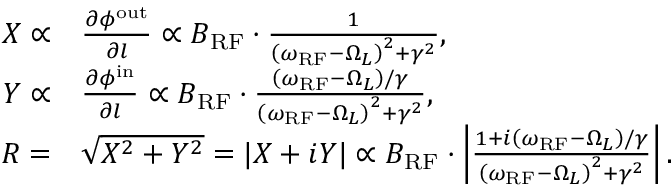
\begin{array} { r l } { X \propto } & { \frac { \partial \phi ^ { \mathrm { o u t } } } { \partial l } \propto B _ { \mathrm { R F } } \cdot \frac { 1 } { \left( \omega _ { \mathrm { R F } } - \Omega _ { L } \right) ^ { 2 } + \gamma ^ { 2 } } , } \\ { Y \propto } & { \frac { \partial \phi ^ { \mathrm { i n } } } { \partial l } \propto B _ { \mathrm { R F } } \cdot \frac { \left( \omega _ { \mathrm { R F } } - \Omega _ { L } \right) / \gamma } { \left( \omega _ { \mathrm { R F } } - \Omega _ { L } \right) ^ { 2 } + \gamma ^ { 2 } } , } \\ { R = } & { \sqrt { X ^ { 2 } + Y ^ { 2 } } = | X + i Y | \propto B _ { \mathrm { R F } } \cdot \left| \frac { 1 + i \left( \omega _ { \mathrm { R F } } - \Omega _ { L } \right) / \gamma } { \left( \omega _ { \mathrm { R F } } - \Omega _ { L } \right) ^ { 2 } + \gamma ^ { 2 } } \right| . } \end{array}